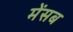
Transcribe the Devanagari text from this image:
मेंसब